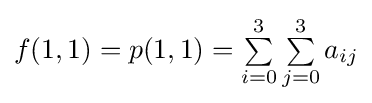
f(1,1)=p(1,1)=\textstyle \sum \limits _{i=0}^{3}\sum \limits _{j=0}^{3}a_{ij}